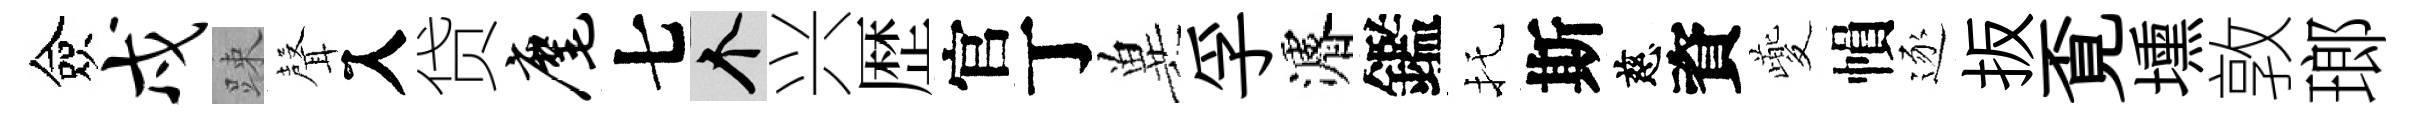
僉戍踈𮋻入贷麾七个兴歴官丁兾孚濬鑑托斯慈資夔𢄙逐扳覔壎敦瑯